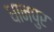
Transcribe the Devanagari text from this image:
धानपुर